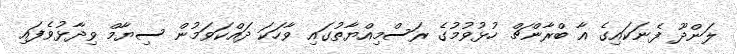
ލަންދޫ ފެނަކައިގެ އާ ބްރާންޗް ހުޅުވުމުގެ ރަސްމިއްޔާތުގައި ވާހަކަ ދައްކަވަމުން ސިޔާމް ވިދާޅުވެފައި